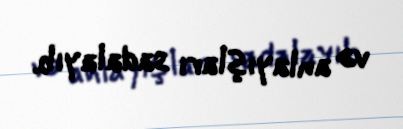
və anlayışları sadalayıb.